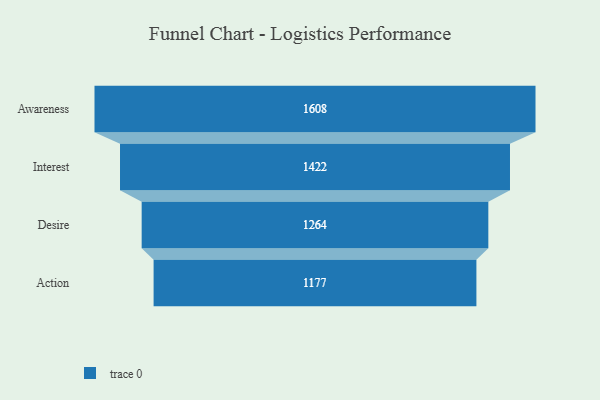
{"axis": {"x": "Stage", "y": "Value"}, "legend": [""], "data": [{"x": "Awareness", "y": 1608.0, "type": ""}, {"x": "Interest", "y": 1422.0, "type": ""}, {"x": "Desire", "y": 1264.0, "type": ""}, {"x": "Action", "y": 1177.0, "type": ""}]}